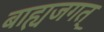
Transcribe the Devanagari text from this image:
बाह्यजगत्‌